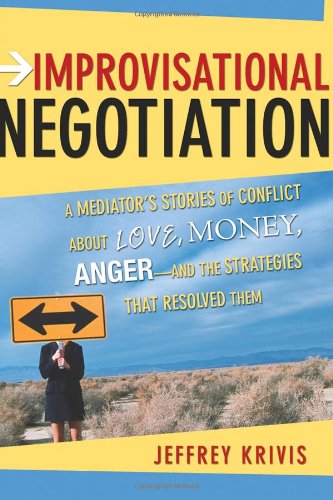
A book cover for Improvisational Negotiation: A Mediator's Stories of Conflict About Love, Money, Anger -- and the Strategies That Resolved Them; Jeffrey Krivis; Law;